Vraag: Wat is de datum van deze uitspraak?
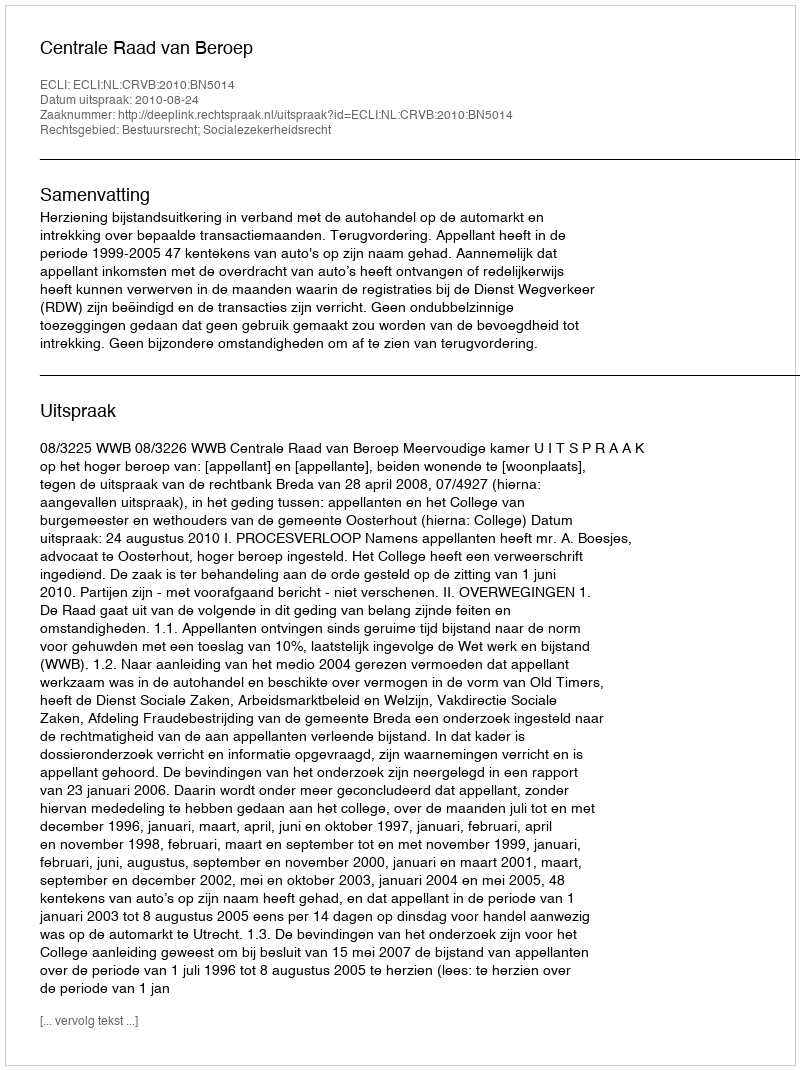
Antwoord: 2010-08-24